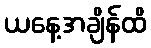
ယနေ့အချိန်ထိ